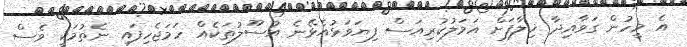
އެ މީހުން ގަވާއިދާ ޚިލާފަށް އަމަލުކުރިއަސް ފިޔަވަޅުއެޅޭނެ އުސޫލުތަކެއް ހަމަޖެހިފައި ނެތުމަކީ ވެސް